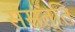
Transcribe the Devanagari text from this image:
संसत्ति